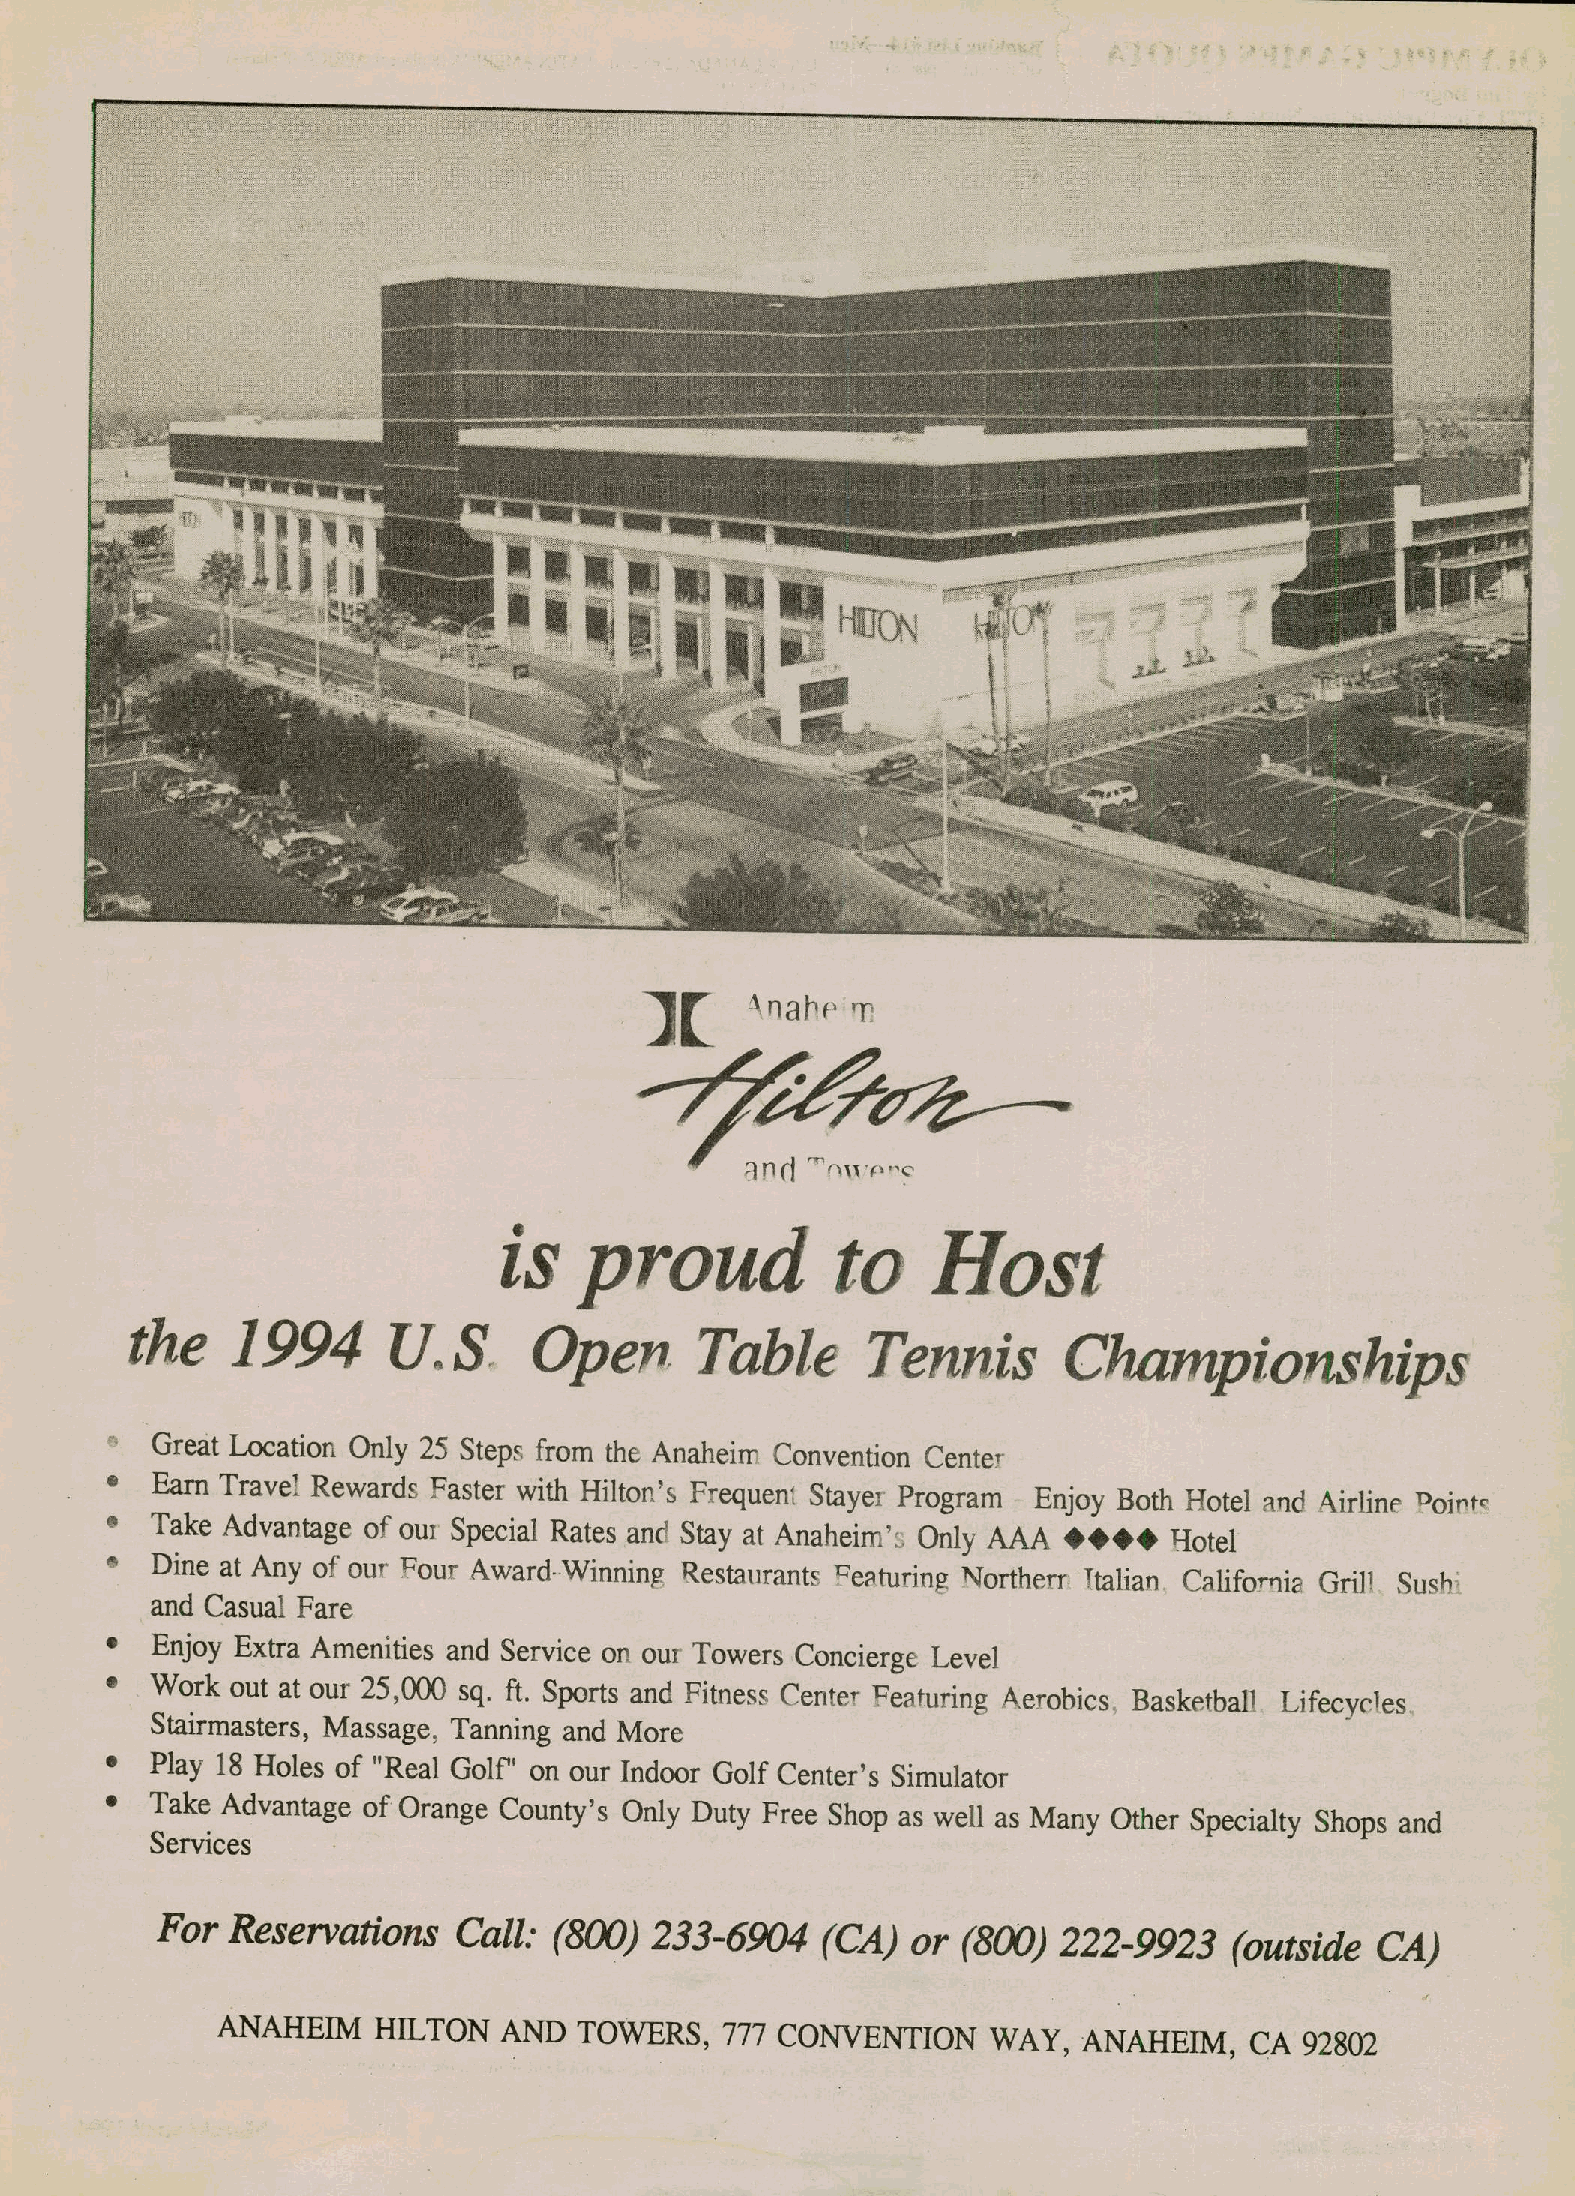
1[    A n a 11 f T
 454-
 47 1"d r. 9"i .,) r.c
 is    proud           to    Host
 the    1994      U.   S   Open       Table      Tennis       Championships
 Great Location Only 25 Steps from the Anaheim Convention CenteT
 • Earn Travel Rewards Faster with Hilton's Frequent Stayer Program Enjoy Both Hotel and Airline Doirtc
 • Take Advantage of oui Special Rates and Stay at Anaheim' L Only A.AA ****Hotel
 e Dine at Any of our Four Award-·Winning Restaurants mepturing Northerr Ttalian CaliforniB Grill Sush
 and Casual Fare
 • Enjoy Extra Amenities and Service on out Towers Concierge Level
 • Work out at our 25,000 sq. ft. Sports and Fitness Center Featuring Aerobics Basketball Lifecycles
 Stairmasters, Massage: Tanning and More
 • Play 18 Holes of "Real Golf' on our Indoor Golf Center's Simulator
 • Take Advantage of Orange County's Only Duty Free Shop as well as Many Other Specialty Shops and
 Services
 For  Reservations   Call: (800)  233-6904   (CA)  or (800)  222-9923   (outside  CA)
 ANAHEIM   HILTON  AND  TOWERS,    777 CONVENTION    WAY,  ANAHEIM,  CA  92802